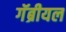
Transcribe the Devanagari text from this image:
गॅब्रीयल